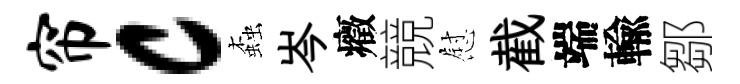
帘c螙岑癥競慰截端輸鄒